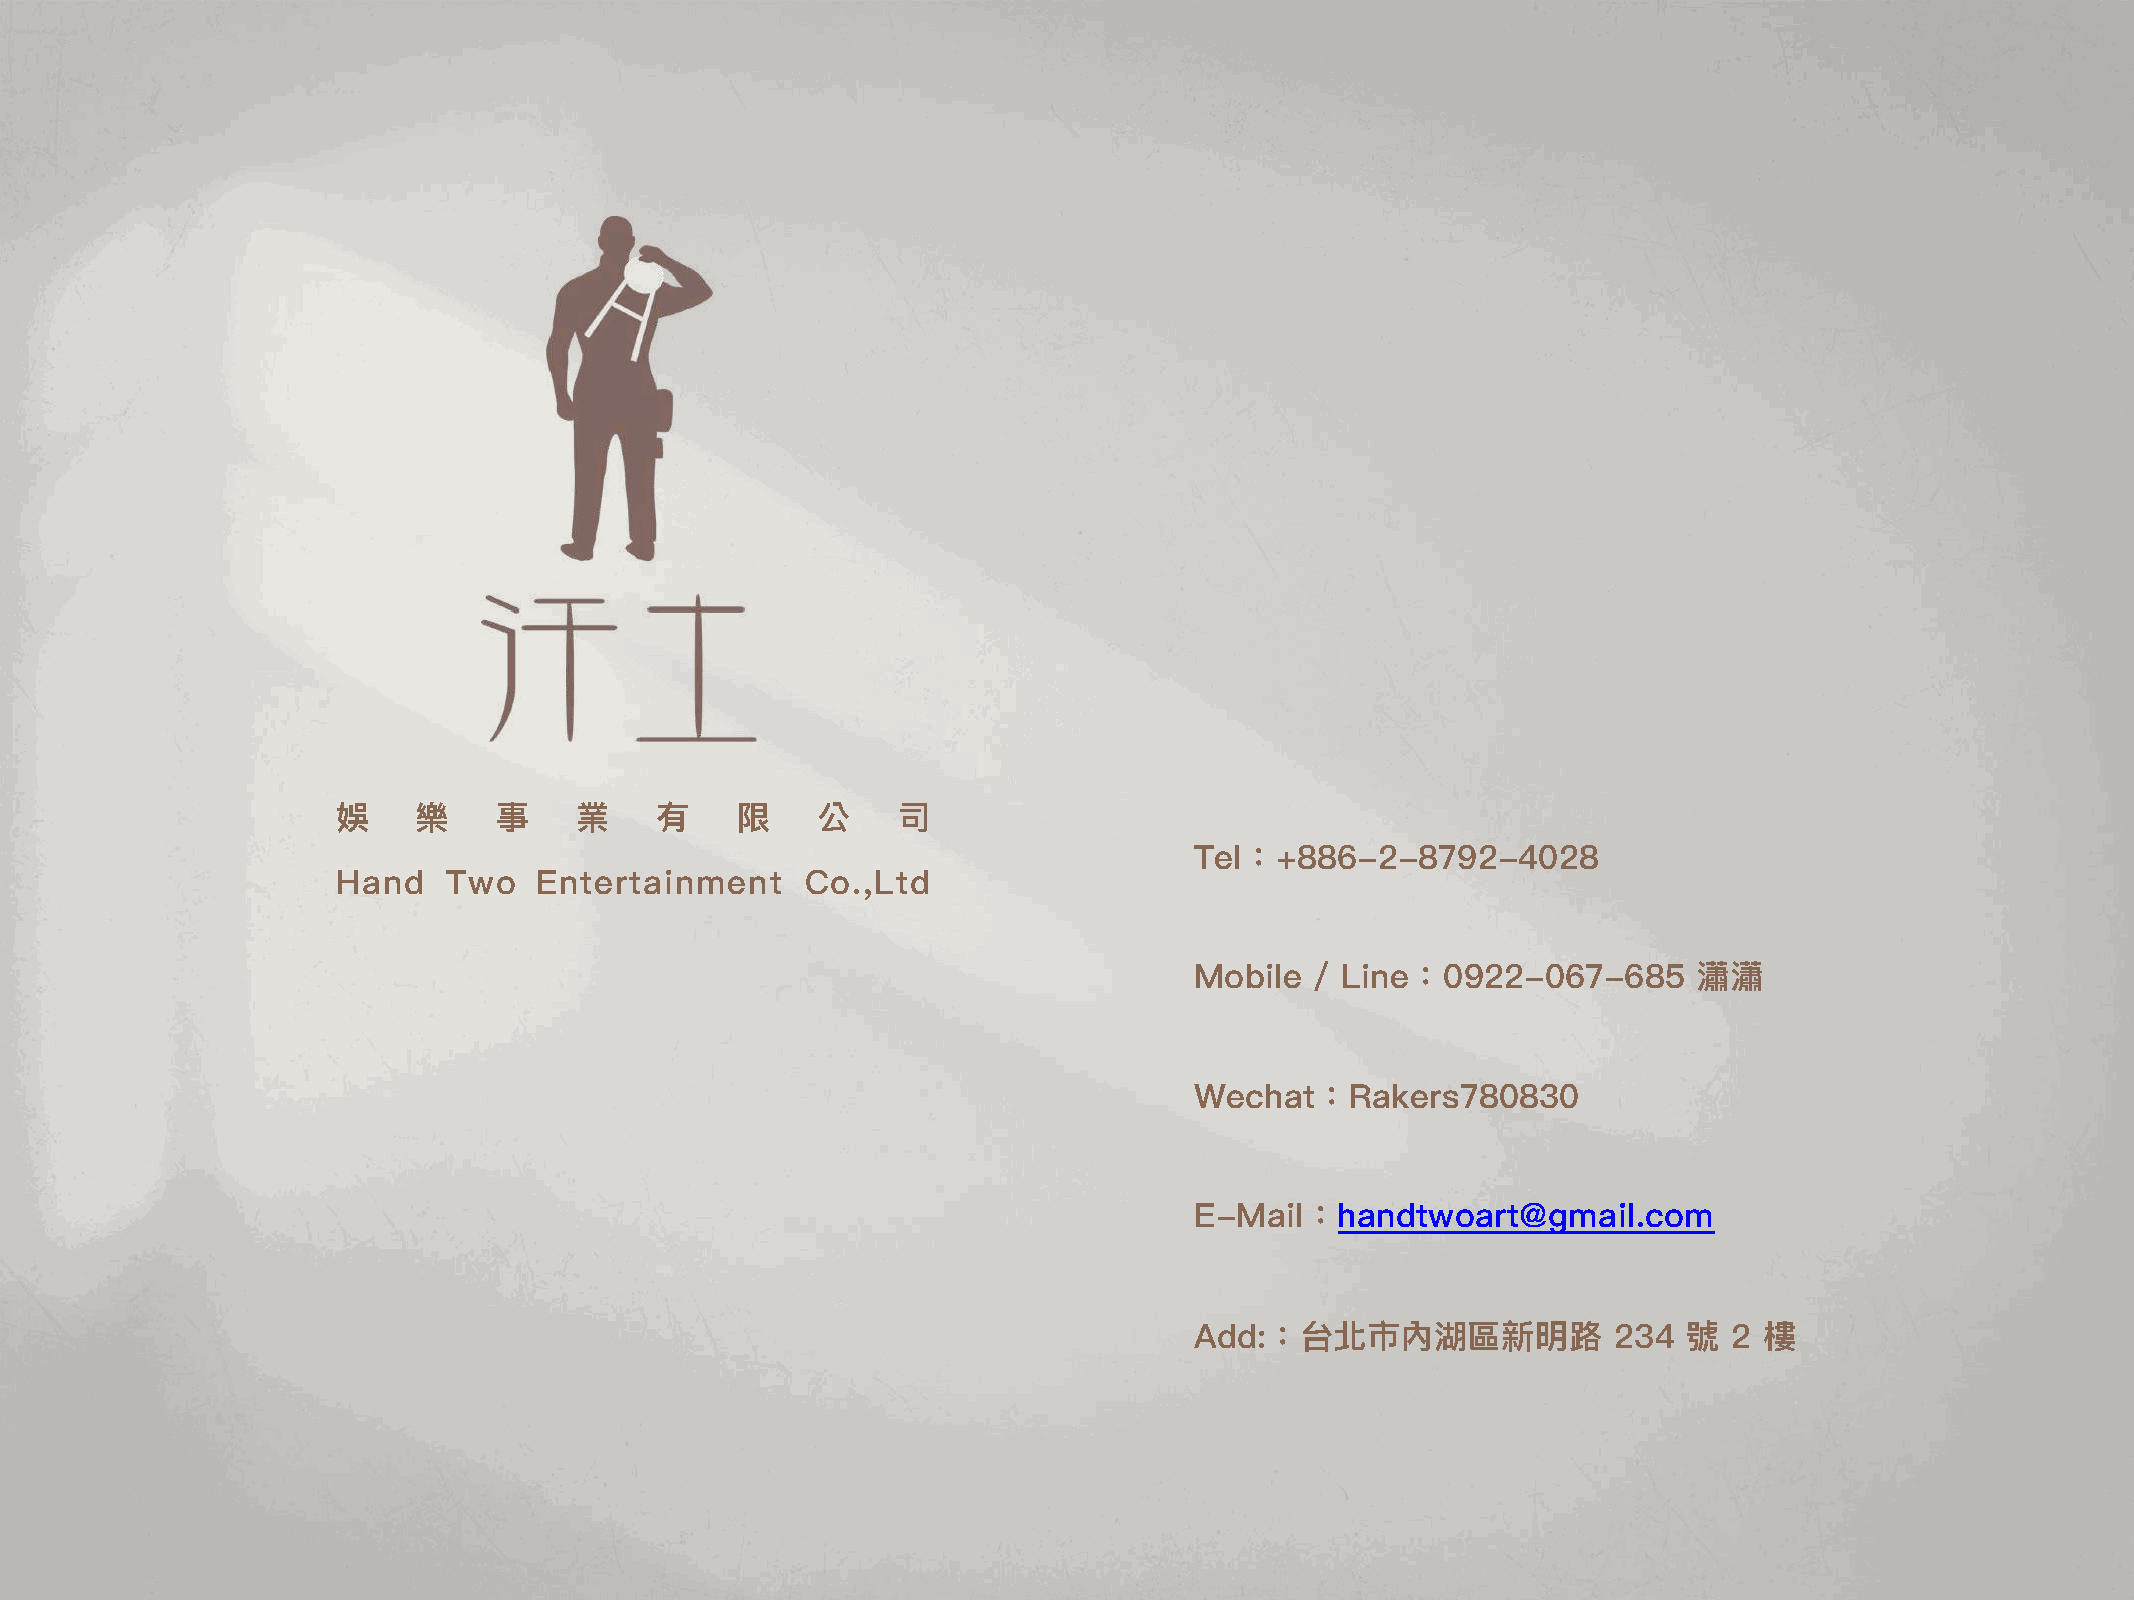
娛    樂     事    業    有     限    公    司
 Tel：+886-2-8792-4028
 Hand    Two   Entertainment    Co.,Ltd
 Mobile  / Line：0922-067-685      瀟瀟
 Wechat：Rakers780830
 E-Mail：handtwoart@gmail.com
 Add:：台北市內湖區新明路路             234  號  2 樓樓